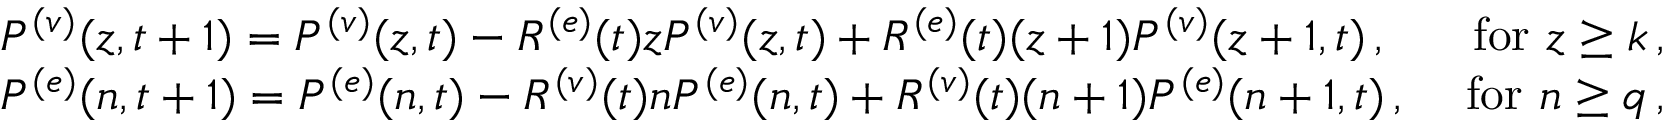
\begin{array} { r } { \begin{array} { r l r } & { P ^ { ( v ) } ( { z } , { t + 1 } ) = P ^ { ( v ) } ( { z } , { t } ) - R ^ { ( e ) } ( t ) z P ^ { ( v ) } ( { z } , { t } ) + R ^ { ( e ) } ( t ) ( z + 1 ) P ^ { ( v ) } ( { z + 1 } , { t } ) \, , } & { \mathrm { ~ f o r ~ } z \ge k \, , } \\ & { P ^ { ( e ) } ( { n } , { t + 1 } ) = P ^ { ( e ) } ( { n } , { t } ) - R ^ { ( v ) } ( t ) n P ^ { ( e ) } ( { n } , { t } ) + R ^ { ( v ) } ( t ) ( n + 1 ) P ^ { ( e ) } ( { n + 1 } , { t } ) \, , } & { \mathrm { ~ f o r ~ } n \ge q \, , } \end{array} } \end{array}